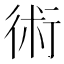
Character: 術